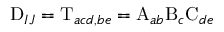
\mathrm { D } _ { I J } = \mathrm { T } _ { a c d , b e } = \mathrm { A } _ { a b } \mathrm { B } _ { c } \mathrm { C } _ { d e }